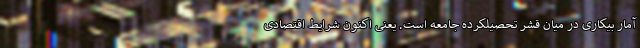
آمار بیکاری در میان قشر تحصیلکرده جامعه است. یعنی اکنون شرایط اقتصادی